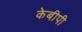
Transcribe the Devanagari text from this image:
केबीपी